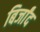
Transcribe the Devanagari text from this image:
बिर्जांद